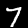
Digit: 7